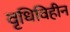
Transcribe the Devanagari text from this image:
वृधिविहीन